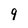
Character: 9